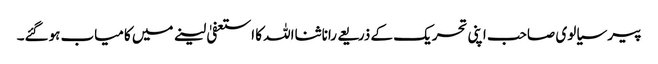
پیر سیالوی صاحب اپنی تحریک کے ذریعے رانا ثنااللہ کا استعفیٰ لینے میں کامیاب ہوگئے۔